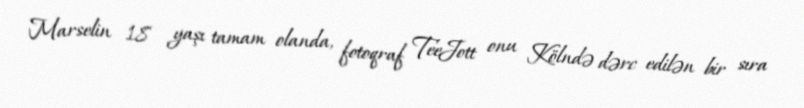
Marselin 18 yaşı tamam olanda, fotoqraf TeeJott onu Kölndə dərc edilən bir sıra